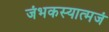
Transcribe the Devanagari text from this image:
जंभकस्यात्मजं